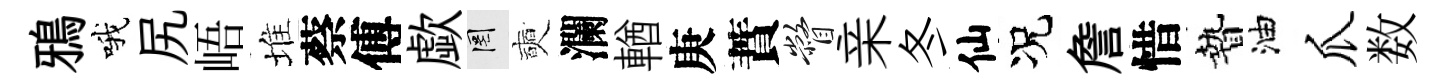
鴉哦尻峿堆蔡傅歔罔奭瀾輶庚蕡瞥亲冬仙况詹惜贄油爪数